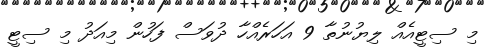
މި ސިޓީއެއް ލިޔުނުތާ 9 އަހަރެއްހާ ދުވަސް ފަހުން މިއަދު މި ސިޓީ